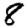
Digit: 8